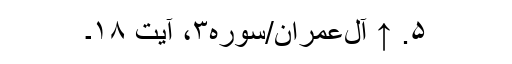
۵. ↑ آل‌عمران/سوره۳، آیت ۱۸۔